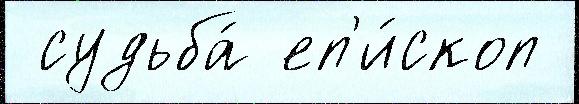
 судьба́ еп'и́скоп